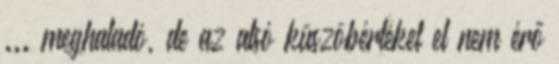
... meghaladó, de az alsó küszöbértéket el nem érő